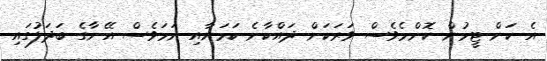
އެ ކަން ޓީމުން ކޮންމެވެސް ވަރަކަށް ދައްކާނެ ކަމަށާއި ނަމަވެސް އޭނާގެ ބަދަލުގައި